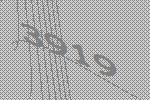
3919